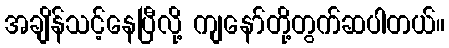
အချိန်သင့်နေပြီလို့ ကျနော်တို့တွက်ဆပါတယ်။